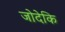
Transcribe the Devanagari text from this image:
जोदेकि